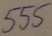
Text: 555